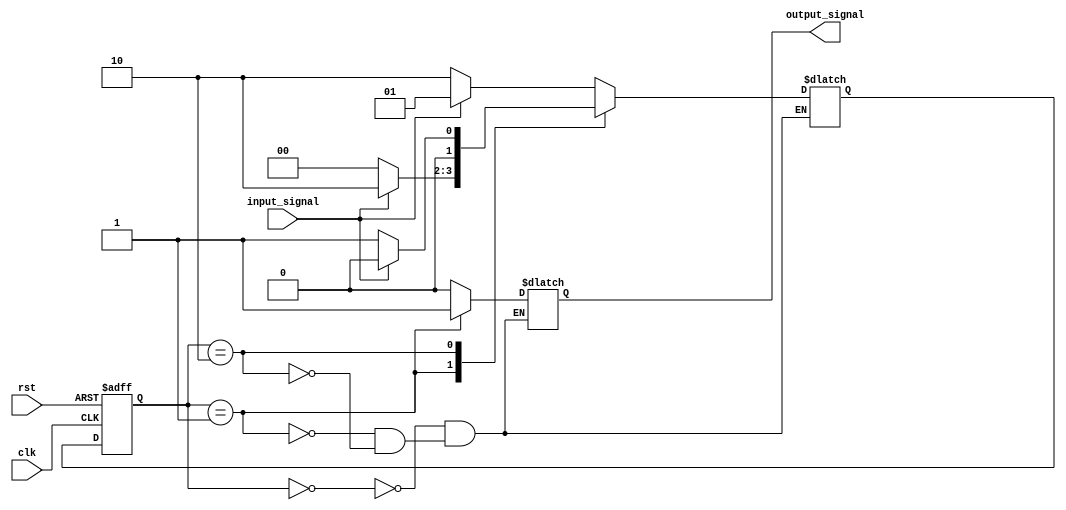
module state_machine (
    input wire clk,
    input wire rst,
    input wire input_signal,
    output reg output_signal
);

// Defining a finite set of states using reduced state encoding
parameter STATE_A = 2'b00;
parameter STATE_B = 2'b01;
parameter STATE_C = 2'b10;

// Defining the state register
reg [1:0] state_reg, next_state_reg;

always @(posedge clk or posedge rst) begin
    if (rst) begin
        state_reg <= STATE_A; // Initializing state to STATE_A
    end else begin
        state_reg <= next_state_reg; // Updating state based on next_state_reg
    end
end

// Defining state transitions based on input signals
always @* begin
    case (state_reg)
        STATE_A: begin
            if (input_signal) begin
                next_state_reg = STATE_B;
            end else begin
                next_state_reg = STATE_C;
            end
        end
        STATE_B: begin
            if (input_signal) begin
                next_state_reg = STATE_C;
            end else begin
                next_state_reg = STATE_A;
            end
        end
        STATE_C: begin
            if (input_signal) begin
                next_state_reg = STATE_A;
            end else begin
                next_state_reg = STATE_B;
            end
        end
    endcase
end

// Output logic
always @* begin
    case (state_reg)
        STATE_A: output_signal = 1'b0;
        STATE_B: output_signal = 1'b1;
        STATE_C: output_signal = 1'b0;
    endcase
end

endmodule